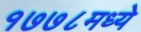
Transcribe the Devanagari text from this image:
१७७८मध्ये